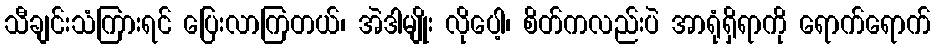
သီချင်းသံကြားရင် ပြေးလာကြတယ်၊ အဲဒါမျိုး လိုပေါ့၊ စိတ်ကလည်းပဲ အာရုံရှိရာကို ရောက်ရောက်